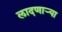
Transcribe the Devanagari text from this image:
लादणाऱ्या